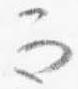
而